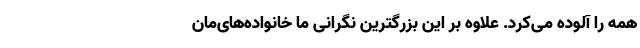
همه را آلوده می‌کرد. علاوه بر این بزرگترین نگرانی ما خانواده‌های‌مان